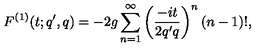
F ^ { ( 1 ) } ( t ; q ^ { \prime } , q ) = - 2 g \sum _ { n = 1 } ^ { \infty } \left( \frac { - i t } { 2 q ^ { \prime } q } \right) ^ { n } ( n - 1 ) ! ,